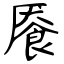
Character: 餍